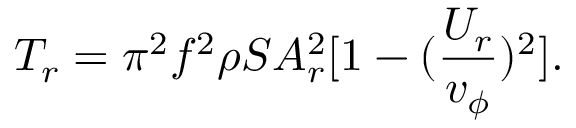
T _ { r } = { \pi ^ { 2 } f ^ { 2 } \rho S A _ { r } ^ { 2 } } [ 1 - ( \frac { U _ { r } } { v _ { \phi } } ) ^ { 2 } ] .